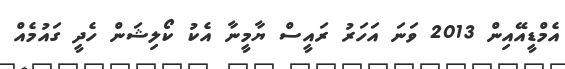
އެމްޑީއޭއިން 2013 ވަނަ އަހަރު ރައީސް ޔާމީނާ އެކު ކޯލިޝަން ހެދީ ގައުމެއް